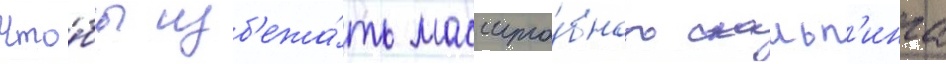
Что́бы изб'ежа́ть масшта́бного скальп'инга